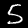
Digit: 5